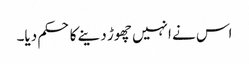
اس نے انہیں چھوڑ دینے کا حکم دیا۔